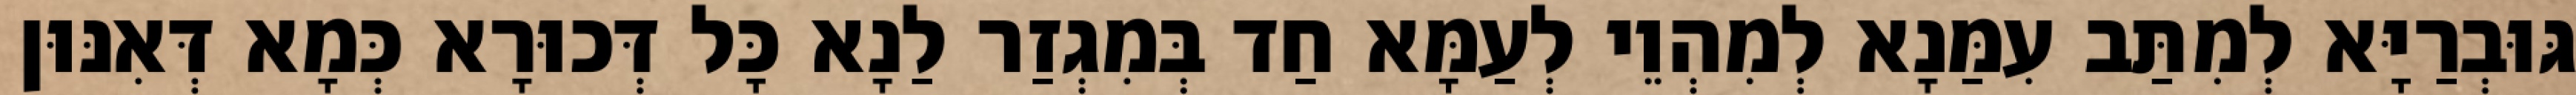
גּוּבְרַיָּא לְמִתַּב עִמַּנָא לְמִהְוֵי לְעַמָּא חַד בְּמִגְזַר לַנָא כָּל דְּכוּרָא כְּמָא דְּאִנּוּן